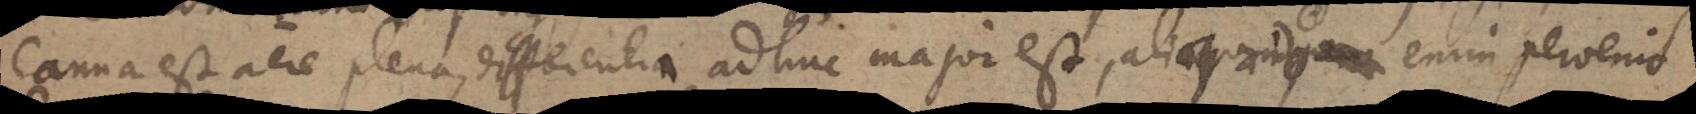
canna est aere plena, differentia adhuc major est, aliquando enim pervenit